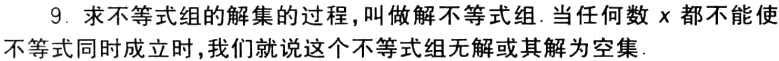
9. 求不等式组的解集的过程，叫做解不等式组. 当任何数\(x\)都不能使不等式同时成立时，我们就说这个不等式组无解或其解为空集.